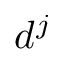
d ^ { j }